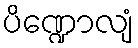
ပိဏ္ဍောလျံ